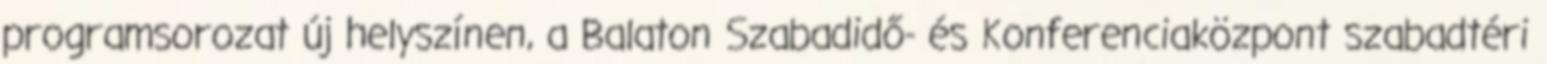
programsorozat új helyszínen, a Balaton Szabadidő- és Konferenciaközpont szabadtéri